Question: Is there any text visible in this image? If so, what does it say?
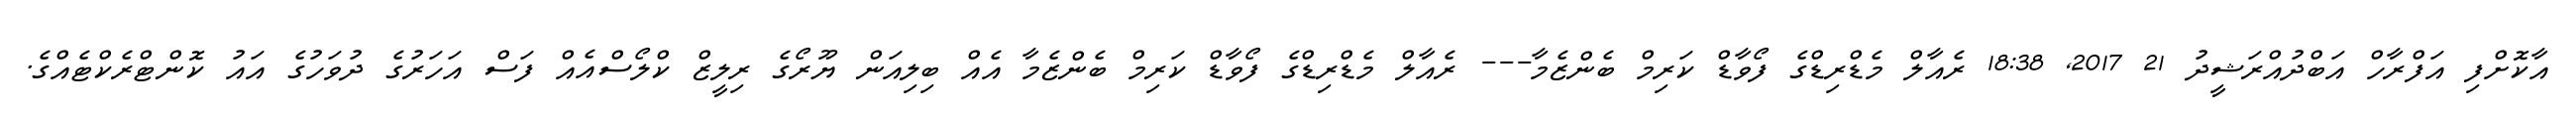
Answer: އާކޮށްފި އަފްރާހް އަބްދުއްރަޝީދު 21 2017, 18:38 ރެއާލް މެޑްރިޑްގެ ފޯވާޑް ކަރިމް ބެންޒެމާ--- ރެއާލް މެޑްރިޑްގެ ފޯވާޑް ކަރިމް ބެންޒެމާ އެއް ބިލިއަން ޔޫރޯގެ ރިލީޒް ކްލޯސްއެއް ފަސް އަހަރުގެ ދުވަހުގެ އައު ކޮންޓްރެކްޓެއްގެ.